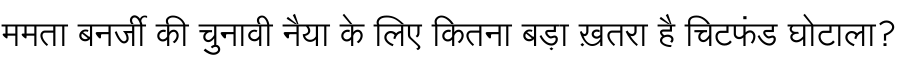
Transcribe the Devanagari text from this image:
ममता बनर्जी की चुनावी नैया के लिए कितना बड़ा ख़तरा है चिटफंड घोटाला?